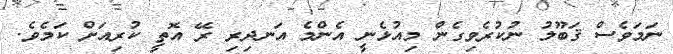
ނަމަވެސް ޤަބޫލު ނުކުރެވިގެން މިއުޅެނީ އެންމެ އަނދިރި ރޭ އޮތީ ކުރިއަށް ކަމެވެ.